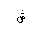
Letter: _shin